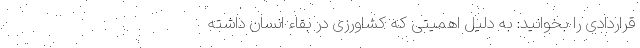
قراردادی را بخوانید: به دلیل اهمیتی که کشاورزی در بقاء انسان داشته